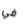
في